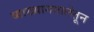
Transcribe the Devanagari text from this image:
व्याख्यानमालेतून